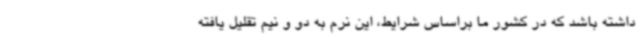
داشته باشد که در کشور ما براساس شرایط، این نرم به دو و نیم تقلیل یافته